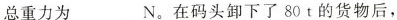
总重力为_______N。在码头卸下了80t的货物后，